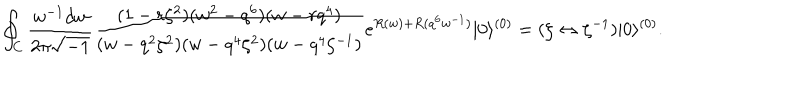
\oint _ { C } \frac { w ^ { - 1 } d w } { 2 \pi \sqrt { - 1 } } \frac { ( 1 - r \zeta ^ { 2 } ) ( w ^ { 2 } - q ^ { 6 } ) ( w - r q ^ { 4 } ) } { ( w - q ^ { 2 } \zeta ^ { 2 } ) ( w - q ^ { 4 } \zeta ^ { 2 } ) ( w - q ^ { 4 } \zeta ^ { - 1 } ) } e ^ { R ( w ) + R ( q ^ { 6 } w ^ { - 1 } ) } | 0 \rangle ^ { ( 0 ) } = ( \zeta \leftrightarrow \zeta ^ { - 1 } ) | 0 \rangle ^ { ( 0 ) } .